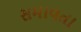
સમાવતા